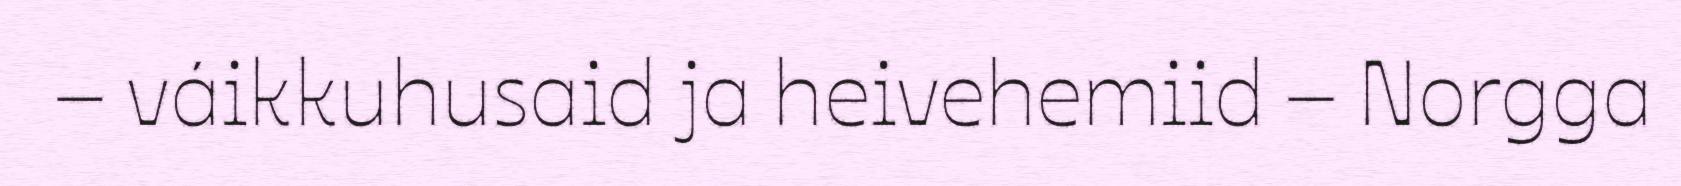
– váikkuhusaid ja heivehemiid – Norgga